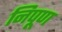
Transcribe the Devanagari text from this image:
निपूण